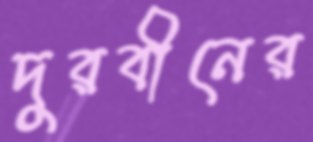
দুরবীনের